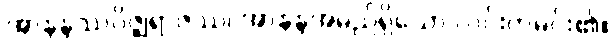
အာနန္ဒဿဂိဇ္ဈရာဇဿ၊ အာနန္ဒအမည်ရှိသော လင်းတမင်း၏။